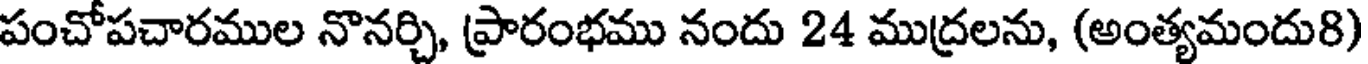
పంచోపచారముల నొనర్చి, ప్రారంభము నందు 24 ముద్రలను, (అంత్యమందు8)